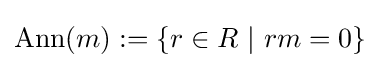
{\textrm {Ann}}(m):=\{r\in R~|~rm=0\}